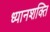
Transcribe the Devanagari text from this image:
ध्यानशक्ति